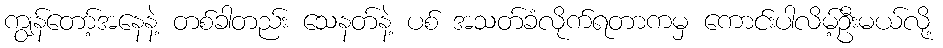
ကျွန်တော့်အနေနဲ့ တစ်ခါတည်း သေနတ်နဲ့ ပစ် အသတ်ခံလိုက်ရတာကမှ ကောင်းပါလိမ့်ဦးမယ်လို့